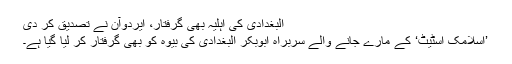
البغدادی کی اہلیہ بھی گرفتار، ایردوآن نے تصدیق کر دی
’اسلامک اسٹیٹ‘ کے مارے جانے والے سربراہ ابوبکر البغدادی کی بیوہ کو بھی گرفتار کر لیا گیا ہے۔